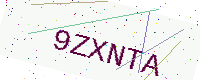
Text: 9ZXNTA